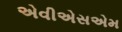
એવીએસએમ